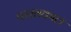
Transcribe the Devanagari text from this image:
परखकाल